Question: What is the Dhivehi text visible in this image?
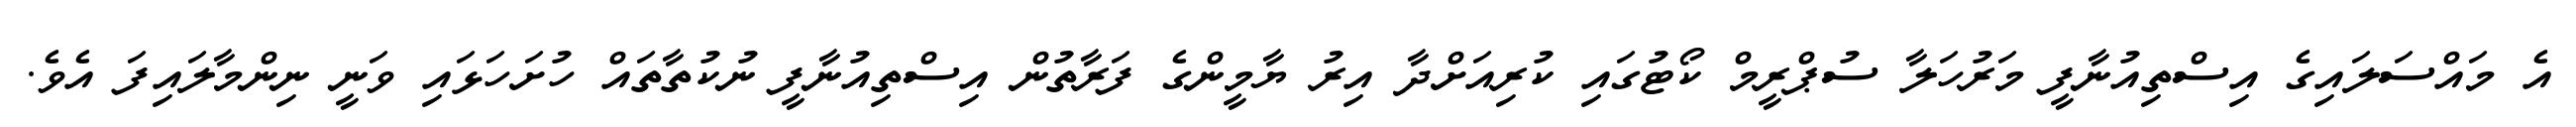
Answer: އެ މައްސަލައިގެ އިސްތިއުނާފީ މަރުހަލާ ސުޕްރީމް ކޯޓުގައި ކުރިއަށްދާ އިރު ޔާމީންގެ ފަރާތުން އިސްތިއުނާފީ ނުކުތާތައް ހުށަހަޅައި ވަނީ ނިންމާލައިފަ އެވެ.